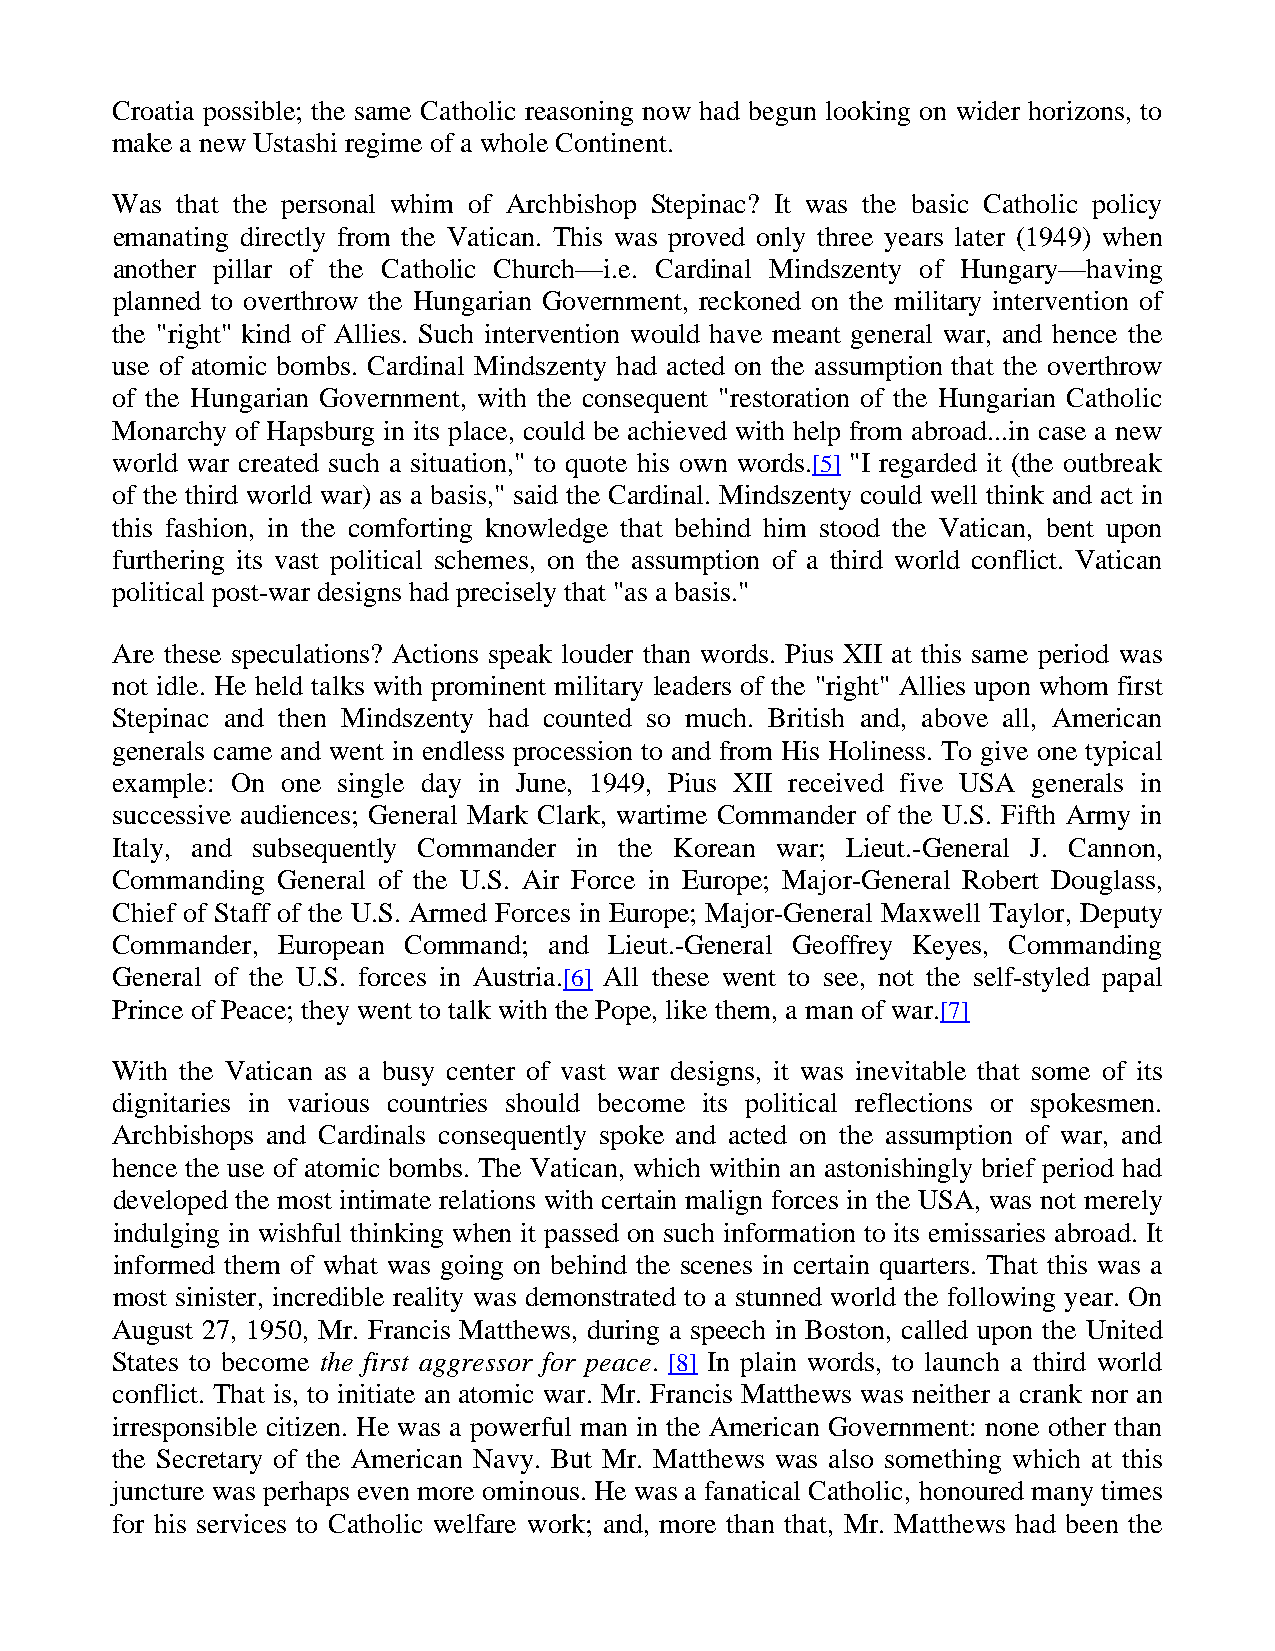
Croatia possible; the same Catholic reasoning now had begun looking on wider horizons, to
 make a new Ustashi regime of a whole Continent.
 Was  that the personal whim of Archbishop Stepinac? It was the basic Catholic policy
 emanating directly from the Vatican. This was proved only three years later (1949) when
 another pillar of the Catholic Church—i.e. Cardinal Mindszenty of Hungary—having
 planned to overthrow the Hungarian Government, reckoned on the military intervention of
 the "right" kind of Allies. Such intervention would have meant general war, and hence the
 use of atomic bombs. Cardinal Mindszenty had acted on the assumption that the overthrow
 of the Hungarian Government, with the consequent "restoration of the Hungarian Catholic
 Monarchy of Hapsburg in its place, could be achieved with help from abroad...in case a new
 world war created such a situation," to quote his own words.[5] "I regarded it (the outbreak
 of the third world war) as a basis," said the Cardinal. Mindszenty could well think and act in
 this fashion, in the comforting knowledge that behind him stood the Vatican, bent upon
 furthering its vast political schemes, on the assumption of a third world conflict. Vatican
 political post-war designs had precisely that "as a basis."
 Are these speculations? Actions speak louder than words. Pius XII at this same period was
 not idle. He held talks with prominent military leaders of the "right" Allies upon whom first
 Stepinac and then Mindszenty had counted so much. British and, above all, American
 generals came and went in endless procession to and from His Holiness. To give one typical
 example: On one single day in June, 1949, Pius XII received five USA generals in
 successive audiences; General Mark Clark, wartime Commander of the U.S. Fifth Army in
 Italy, and subsequently Commander in the Korean war; Lieut.-General J. Cannon,
 Commanding General of the U.S. Air Force in Europe; Major-General Robert Douglass,
 Chief of Staff of the U.S. Armed Forces in Europe; Major-General Maxwell Taylor, Deputy
 Commander, European Command; and Lieut.-General Geoffrey Keyes, Commanding
 General of the U.S. forces in Austria.[6] All these went to see, not the self-styled papal
 Prince of Peace; they went to talk with the Pope, like them, a man of war.[7]
 With the Vatican as a busy center of vast war designs, it was inevitable that some of its
 dignitaries in various countries should become its political reflections or spokesmen.
 Archbishops and Cardinals consequently spoke and acted on the assumption of war, and
 hence the use of atomic bombs. The Vatican, which within an astonishingly brief period had
 developed the most intimate relations with certain malign forces in the USA, was not merely
 indulging in wishful thinking when it passed on such information to its emissaries abroad. It
 informed them of what was going on behind the scenes in certain quarters. That this was a
 most sinister, incredible reality was demonstrated to a stunned world the following year. On
 August 27, 1950, Mr. Francis Matthews, during a speech in Boston, called upon the United
 States to become the first aggressor for peace. [8] In plain words, to launch a third world
 conflict. That is, to initiate an atomic war. Mr. Francis Matthews was neither a crank nor an
 irresponsible citizen. He was a powerful man in the American Government: none other than
 the Secretary of the American Navy. But Mr. Matthews was also something which at this
 juncture was perhaps even more ominous. He was a fanatical Catholic, honoured many times
 for his services to Catholic welfare work; and, more than that, Mr. Matthews had been the